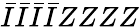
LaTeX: \bar{I}\bar{I}\bar{I}\bar{I}ZZZZ